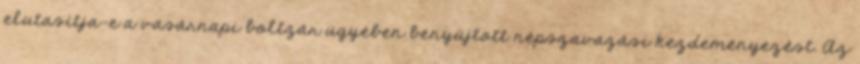
elutasítja-e a vasárnapi boltzár ügyében benyújtott népszavazási kezdeményezést. Az